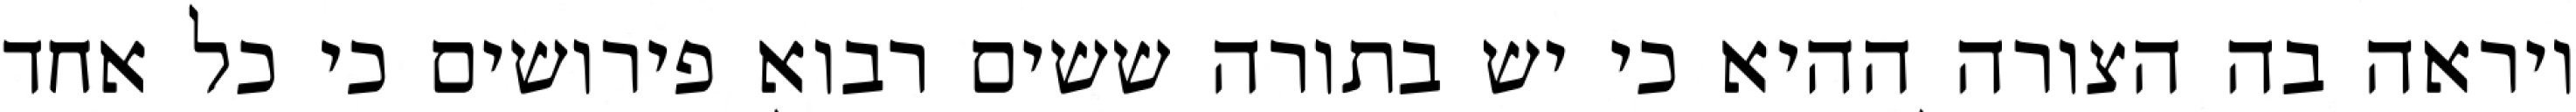
ויראה בה הצורה ההיא כי יש בתורה ששים רבוא פירושים כי כל אחד